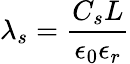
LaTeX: \lambda_{s}=\frac{C_{s}L}{\epsilon_{0}\epsilon_{r}}